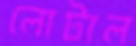
লোটাল